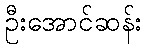
ဦးအောင်ဆန်း